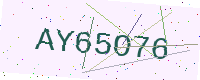
Text: AY65O76